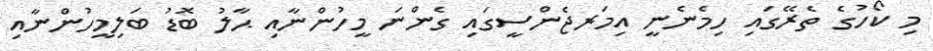
މި ކޯހުގެ ތެރޭގައި ހިމެނެނީ އިމަރޖެންސީގައި ގެންނަ މީހުންނާއި ޙާލު ބޮޑު ބަލިމީހުންނާއި